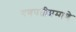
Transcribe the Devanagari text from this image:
गणपतीप्रमाणे